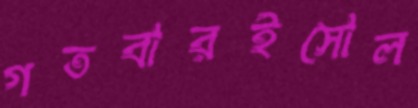
গতবারইসোল